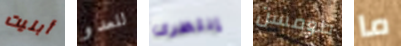
أبليت للعدو إنتظرى طومسن ما